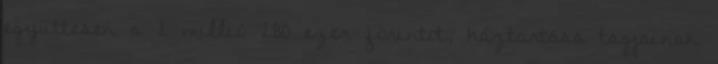
együttesen a 2 millió 280 ezer forintot, háztartása tagjainak